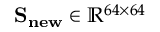
\mathbf { S _ { n e w } } \in \mathbb { R } ^ { 6 4 \times 6 4 }